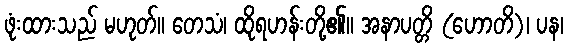
ဖုံးထားသည် မဟုတ်။ တေသံ၊ ထိုရဟန်းတို့၏။ အနာပတ္တိ (ဟောတိ)၊ ပန၊